Report of the Indian Hemp Drugs Commission, 1894-1895 - Volume V
Year: 1894
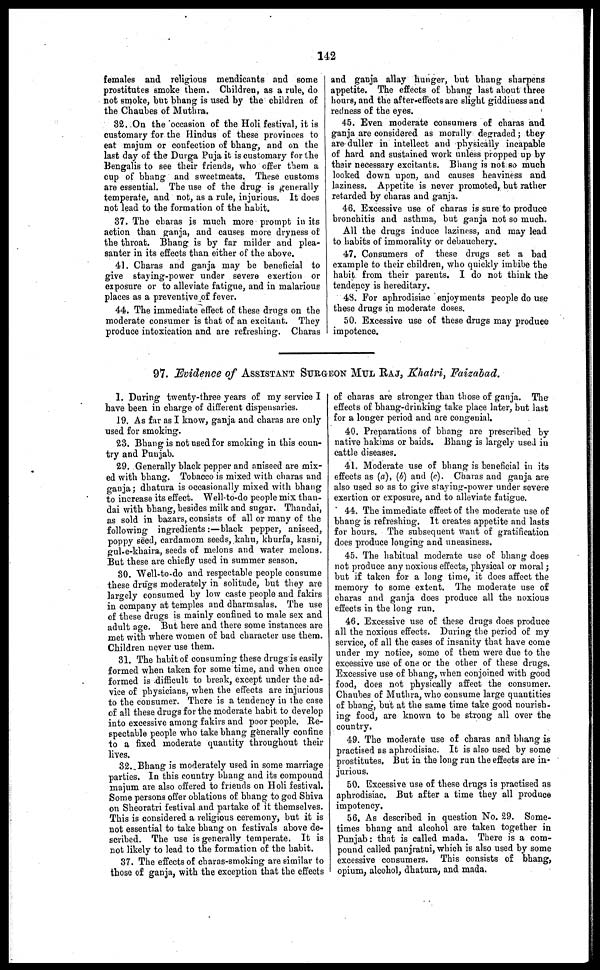
142
females and religious mendicants and some
prostitutes smoke them. Children, as a rule, do
not smoke, but bhang is used by the children of
the Chaubes of Muthra.
32. On the occasion of the Holi festival, it is
customary for the Hindus of these provinces to
eat majum or confection of bhang, and on the
last day of the Durga Puja it is customary for the
Bengalis to see their friends, who offer them a
cup of bhang and sweetmeats. These customs
are essential. The use of the drug is generally
temperate, and not, as a rule, injurious. It does
not lead to the formation of the habit.
37. The charas is much more prompt in its
action than ganja, and causes more dryness of
the throat. Bhang is by far milder and plea-
santer in its effects than either of the above.
41. Charas and ganja may be beneficial to
give staying-power under severe exertion or
exposure or to alleviate fatigue, and in malarious
places as a preventive of fever.
44. The immediate effect of these drugs on the
moderate consumer is that of an excitant. They
produce intoxication and are refreshing. Charas
and ganja allay hunger, but bhang sharpens
appetite. The effects of bhang last about three
hours, and the after-effects are slight giddiness and
redness of the eyes.
45. Even moderate consumers of charas and
ganja are considered as morally degraded; they
are duller in intellect and physically incapable
of hard and sustained work unless propped up by
their necessary excitants. Bhang is not so much
looked down upon, and causes heaviness and
laziness. Appetite is never promoted, but rather
retarded by charas and ganja.
46. Excessive use of charas is sure to produce
bronchitis and asthma, but ganja not so much.
All the drugs induce laziness, and may lead
to habits of immorality or debauchery.
47. Consumers of these drugs set a bad
example to their children, who quickly imbibe the
habit from their parents. I do not think the
tendency is hereditary.
43. For aphrodisiac enjoyments people do use
these drugs in moderate doses.
50. Excessive use of these drugs may produce
impotence.
97. Evidence of ASSISTANT SURGEON MUL RAJ, Khatri, Faizabad.
1. During twenty-three years of my service I
have been in charge of different dispensaries.
19. As far as I know, ganja and charas are only
used for smoking.
23. Bhang is not used for smoking in this coun-
try and Punjab.
29. Generally black pepper and aniseed are mix-
ed with bhang. Tobacco is mixed with charas and
ganja; dhatura is occasionally mixed with bhang
to increase its effect. Well-to-do people mix than-
dai with bhang, besides milk and sugar. Thandai,
as sold in bazars, consists of all or many of the
following ingredients:—black pepper, aniseed,
poppy seed, cardamom seeds, kahu, khurfa, kasni,
gul-e-khaira, seeds of melons and water melons.
But these are chiefly used in summer season.
30. Well-to-do and respectable people consume
these drugs moderately in solitude, but they are
largely consumed by low caste people and fakirs
in company at temples and dharmsalas. The use
of these drugs is mainly confined to male sex and
adult age. But here and there some instances are
met with where women of bad character use them.
Children never use them.
31. The habit of consuming these drugs is easily
formed when taken for some time, and when once
formed is difficult to break, except under the ad-
vice of physicians, when the effects are injurious
to the consumer. There is a tendency in the case
of all these drugs for the moderate habit to develop
into excessive among fakirs and poor people. Re-
spectable people who take bhang generally confine
to a fixed moderate quautity throughout their
lives.
32. Bhang is moderately used in some marriage
parties. In this country bhang and its compound
majum are also offered to friends on Holi festival.
Some persons offer oblations of bhang to god Shiva
on Sheoratri festival and partake of it themselves.
This is considered a religious ceremony, but it is
not essential to take bhang on festivals above de-
scribed. The use is generally temperate. It is
not likely to lead to the formation of the habit.
37. The effects of charas-smoking are similar to
those of ganja, with the exception that the effects
of charas are stronger than those of ganja. The
effects of bhang-drinking take place later, but last
for a longer period and are congenial.
40. Preparations of bhang are prescribed by
native hakims or baids. Bhang is largely used in
cattle diseases.
41. Moderate use of bhang is beneficial in its
effects as (a), (b) and (c). Charas and ganja are
also used so as to give staying-power under severe
exertion or exposure, and to alleviate fatigue.
44. The immediate effect of the moderate use of
bhang is refreshing. It creates appetite and lasts
for hours. The subsequent want of gratification
does produce longing and uneasiness.
45. The habitual moderate use of bhang does
not produce any noxious effects, physical or moral;
but if taken for a long time, it does affect the
memory to some extent. The moderate use of
charas and ganja does produce all the noxious
effects in the long run.
46. Excessive use of these drugs does produce
all the noxious effects. During the period of my
service, of all the cases of insanity that have come
under my notice, some of them were due to the
excessive use of one or the other of these drugs.
Excessive use of bhang, when conjoined with good
food, does not physically affect the consumer.
Chaubes of Muthra, who consume large quantities
of bhang, but at the same time take good nourish-
ing food, are known to be strong all over the
country.
49. The moderate use of charas and bhang is
practised as aphrodisiac. It is also used by some
prostitutes. But in the long run the effects are in-
jurious.
50. Excessive use of these drugs is practised as
aphrodisiac. But after a time they all produce
impotency.
56. As described in question No. 29. Some-
times bhang and alcohol are taken together in
Punjab: that is called mada. There is a com-
pound called panjratni, which is also used by some
excessive consumers. This consists of bhang,
opium, alcohol, dhatura, and mada.